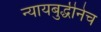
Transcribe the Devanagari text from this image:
न्यायबुद्धीनेच